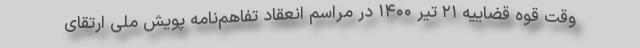
وقت قوه قضاییه ۲۱ تیر ۱۴۰۰ در مراسم انعقاد تفاهم‌نامه پویش ملی ارتقای